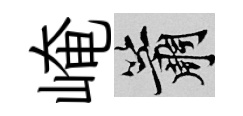
崦簫